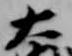
大